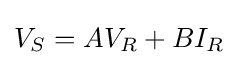
V_{S}=AV_{R}+BI_{R}